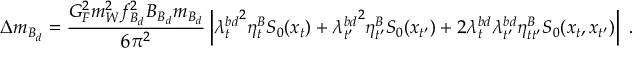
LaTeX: \Delta m _ { B _ { d } } = \frac { G _ { F } ^ { 2 } m _ { W } ^ { 2 } f _ { B _ { d } } ^ { 2 } B _ { B _ { d } } m _ { B _ { d } } } { 6 \pi ^ { 2 } } \left| { \lambda _ { t } ^ { b d } } ^ { 2 } \eta _ { t } ^ { B } S _ { 0 } ( x _ { t } ) + { \lambda _ { t ^ { \prime } } ^ { b d } } ^ { 2 } \eta _ { t ^ { \prime } } ^ { B } S _ { 0 } ( x _ { t ^ { \prime } } ) + 2 { \lambda _ { t } ^ { b d } } { \lambda _ { t ^ { \prime } } ^ { b d } } \eta _ { t t ^ { \prime } } ^ { B } S _ { 0 } ( x _ { t } , x _ { t ^ { \prime } } ) \right| \ .